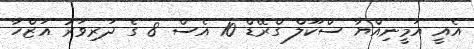
އެއީ އަމީނިއްޔާ ސްކޫލް ގްރޭޑް 10 އެސް 8 ގެ ދަރިވަރު އަޒްހާ